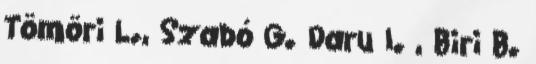
Tömöri L., Szabó G. Daru I. , Biri B.